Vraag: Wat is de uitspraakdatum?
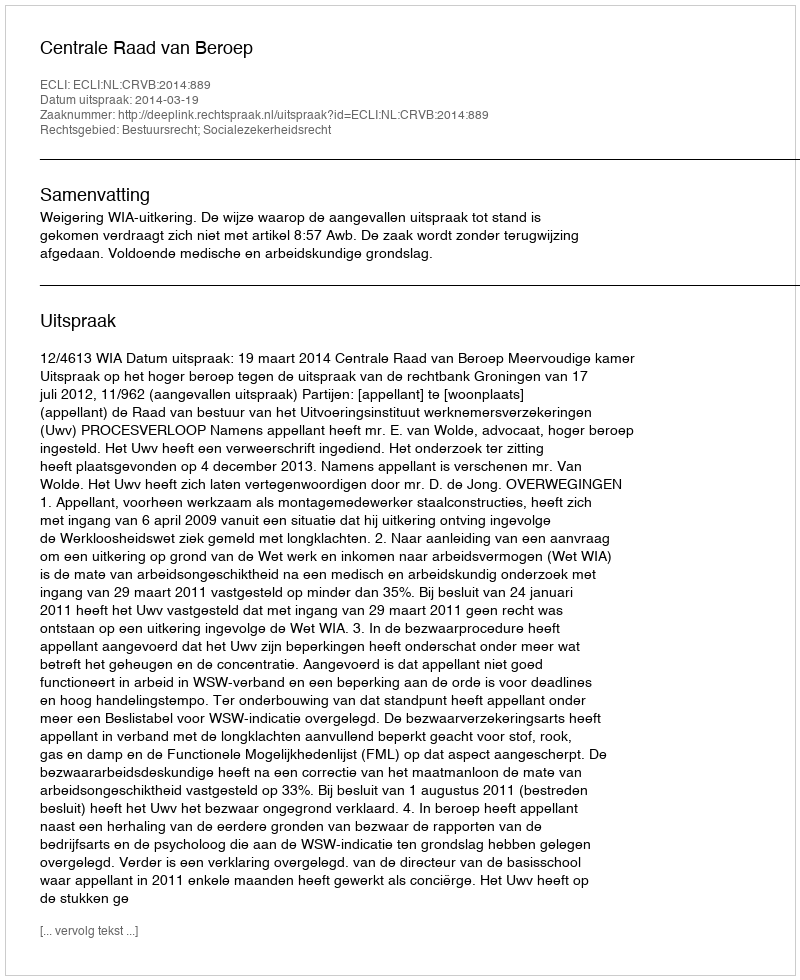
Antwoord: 2014-03-19